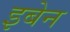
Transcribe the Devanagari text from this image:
इबेन